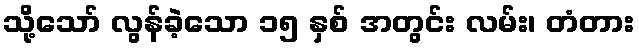
သို့သော် လွန်ခဲ့သော ၁၅ နှစ် အတွင်း လမ်း၊ တံတား